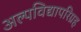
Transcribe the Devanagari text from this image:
अल्पविद्यापरिग्रह